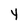
Character: 4